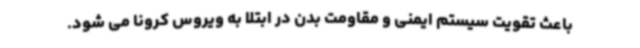
باعث تقویت سیستم ایمنی و مقاومت بدن در ابتلا به ویروس کرونا می شود.